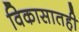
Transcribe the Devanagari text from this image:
विकासातही